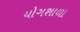
યોગશાળા